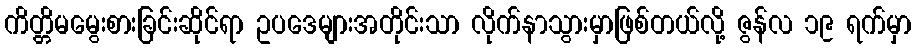
ကိတ္တိမမွေးစားခြင်းဆိုင်ရာ ဥပဒေများအတိုင်းသာ လိုက်နာသွားမှာဖြစ်တယ်လို့ ဇွန်လ ၁၉ ရက်မှာ